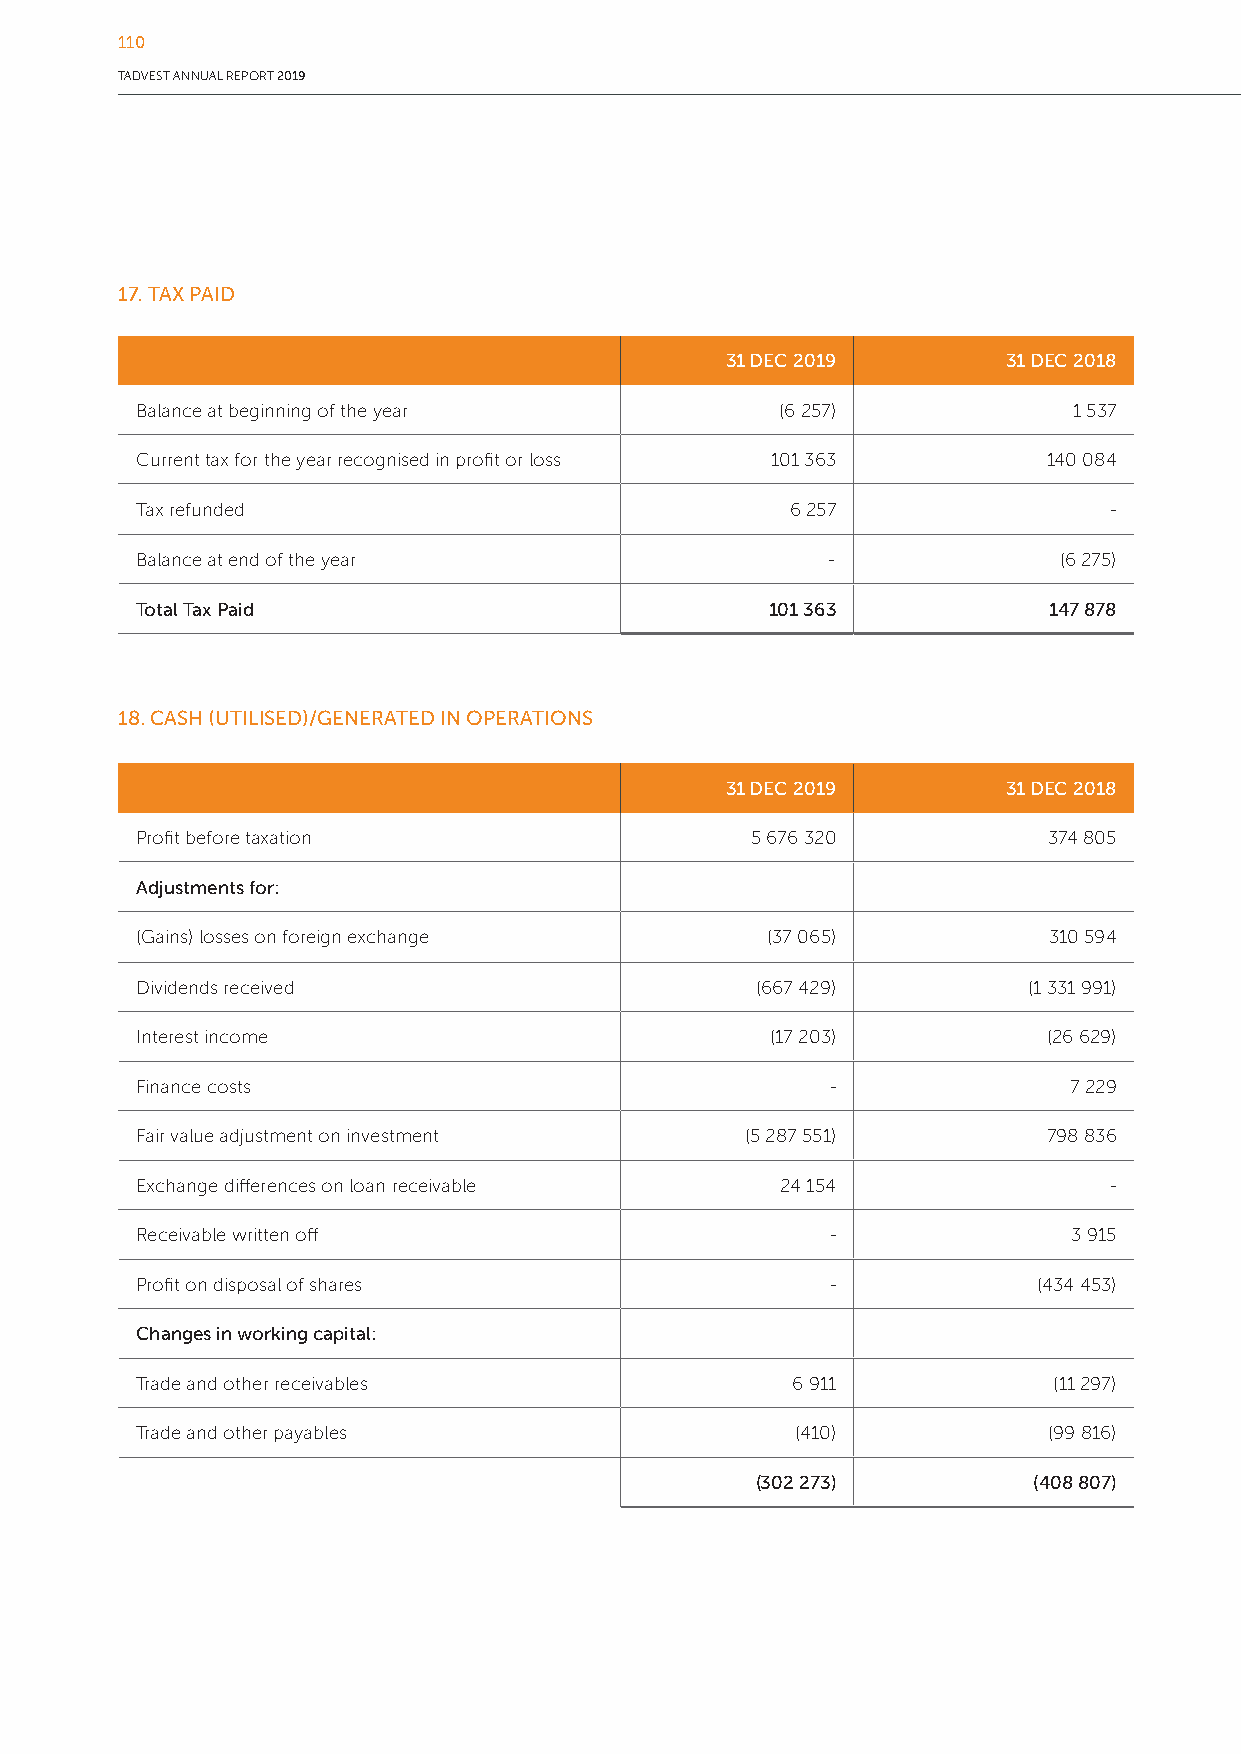
110
 TADVEST ANNUAL REPORT 2019
 17. TAX PAID
 31 DEC 2019        31 DEC 2018
 Balance at beginning of the year           (6 257)            1 537
 Current tax for the year recognised in profit or loss 101 363 140 084
 Tax refunded                               6 257                -
 Balance at end of the year                    -              (6 275)
 Total Tax Paid                            101 363           147 878
 18. CASH (UTILISED)/GENERATED IN OPERATIONS
 31 DEC 2019        31 DEC 2018
 Profit before taxation                   5 676 320          374 805
 Adjustments for:
 (Gains) losses on foreign exchange        (37 065)          310 594
 Dividends received                       (667 429)         (1 331 991)
 Interest income                           (17 203)          (26 629)
 Finance costs                                 -               7 229
 Fair value adjustment on investment     (5 287 551)         798 836
 Exchange differences on loan receivable    24 154               -
 Receivable written off                        -               3 915
 Profit on disposal of shares                  -             (434 453)
 Changes in working capital:
 Trade and other receivables                6 911             (11 297)
 Trade and other payables                    (410)           (99 816)
 (302 273)         (408 807)